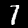
Digit: 7